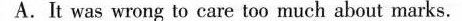
A.It was wrong to care too much about marks.